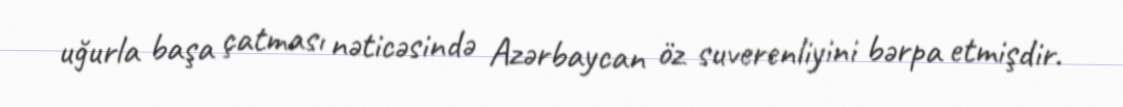
uğurla başa çatması nəticəsində Azərbaycan öz suverenliyini bərpa etmişdir.